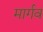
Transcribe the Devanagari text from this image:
मार्गव